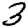
Digit: 3